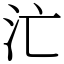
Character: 汒